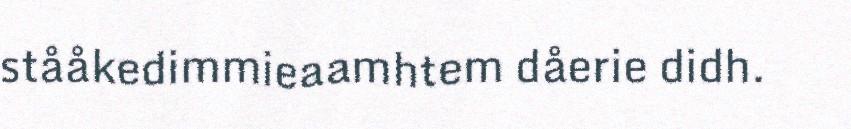
stååkedimmieaamhtem dåerie didh.